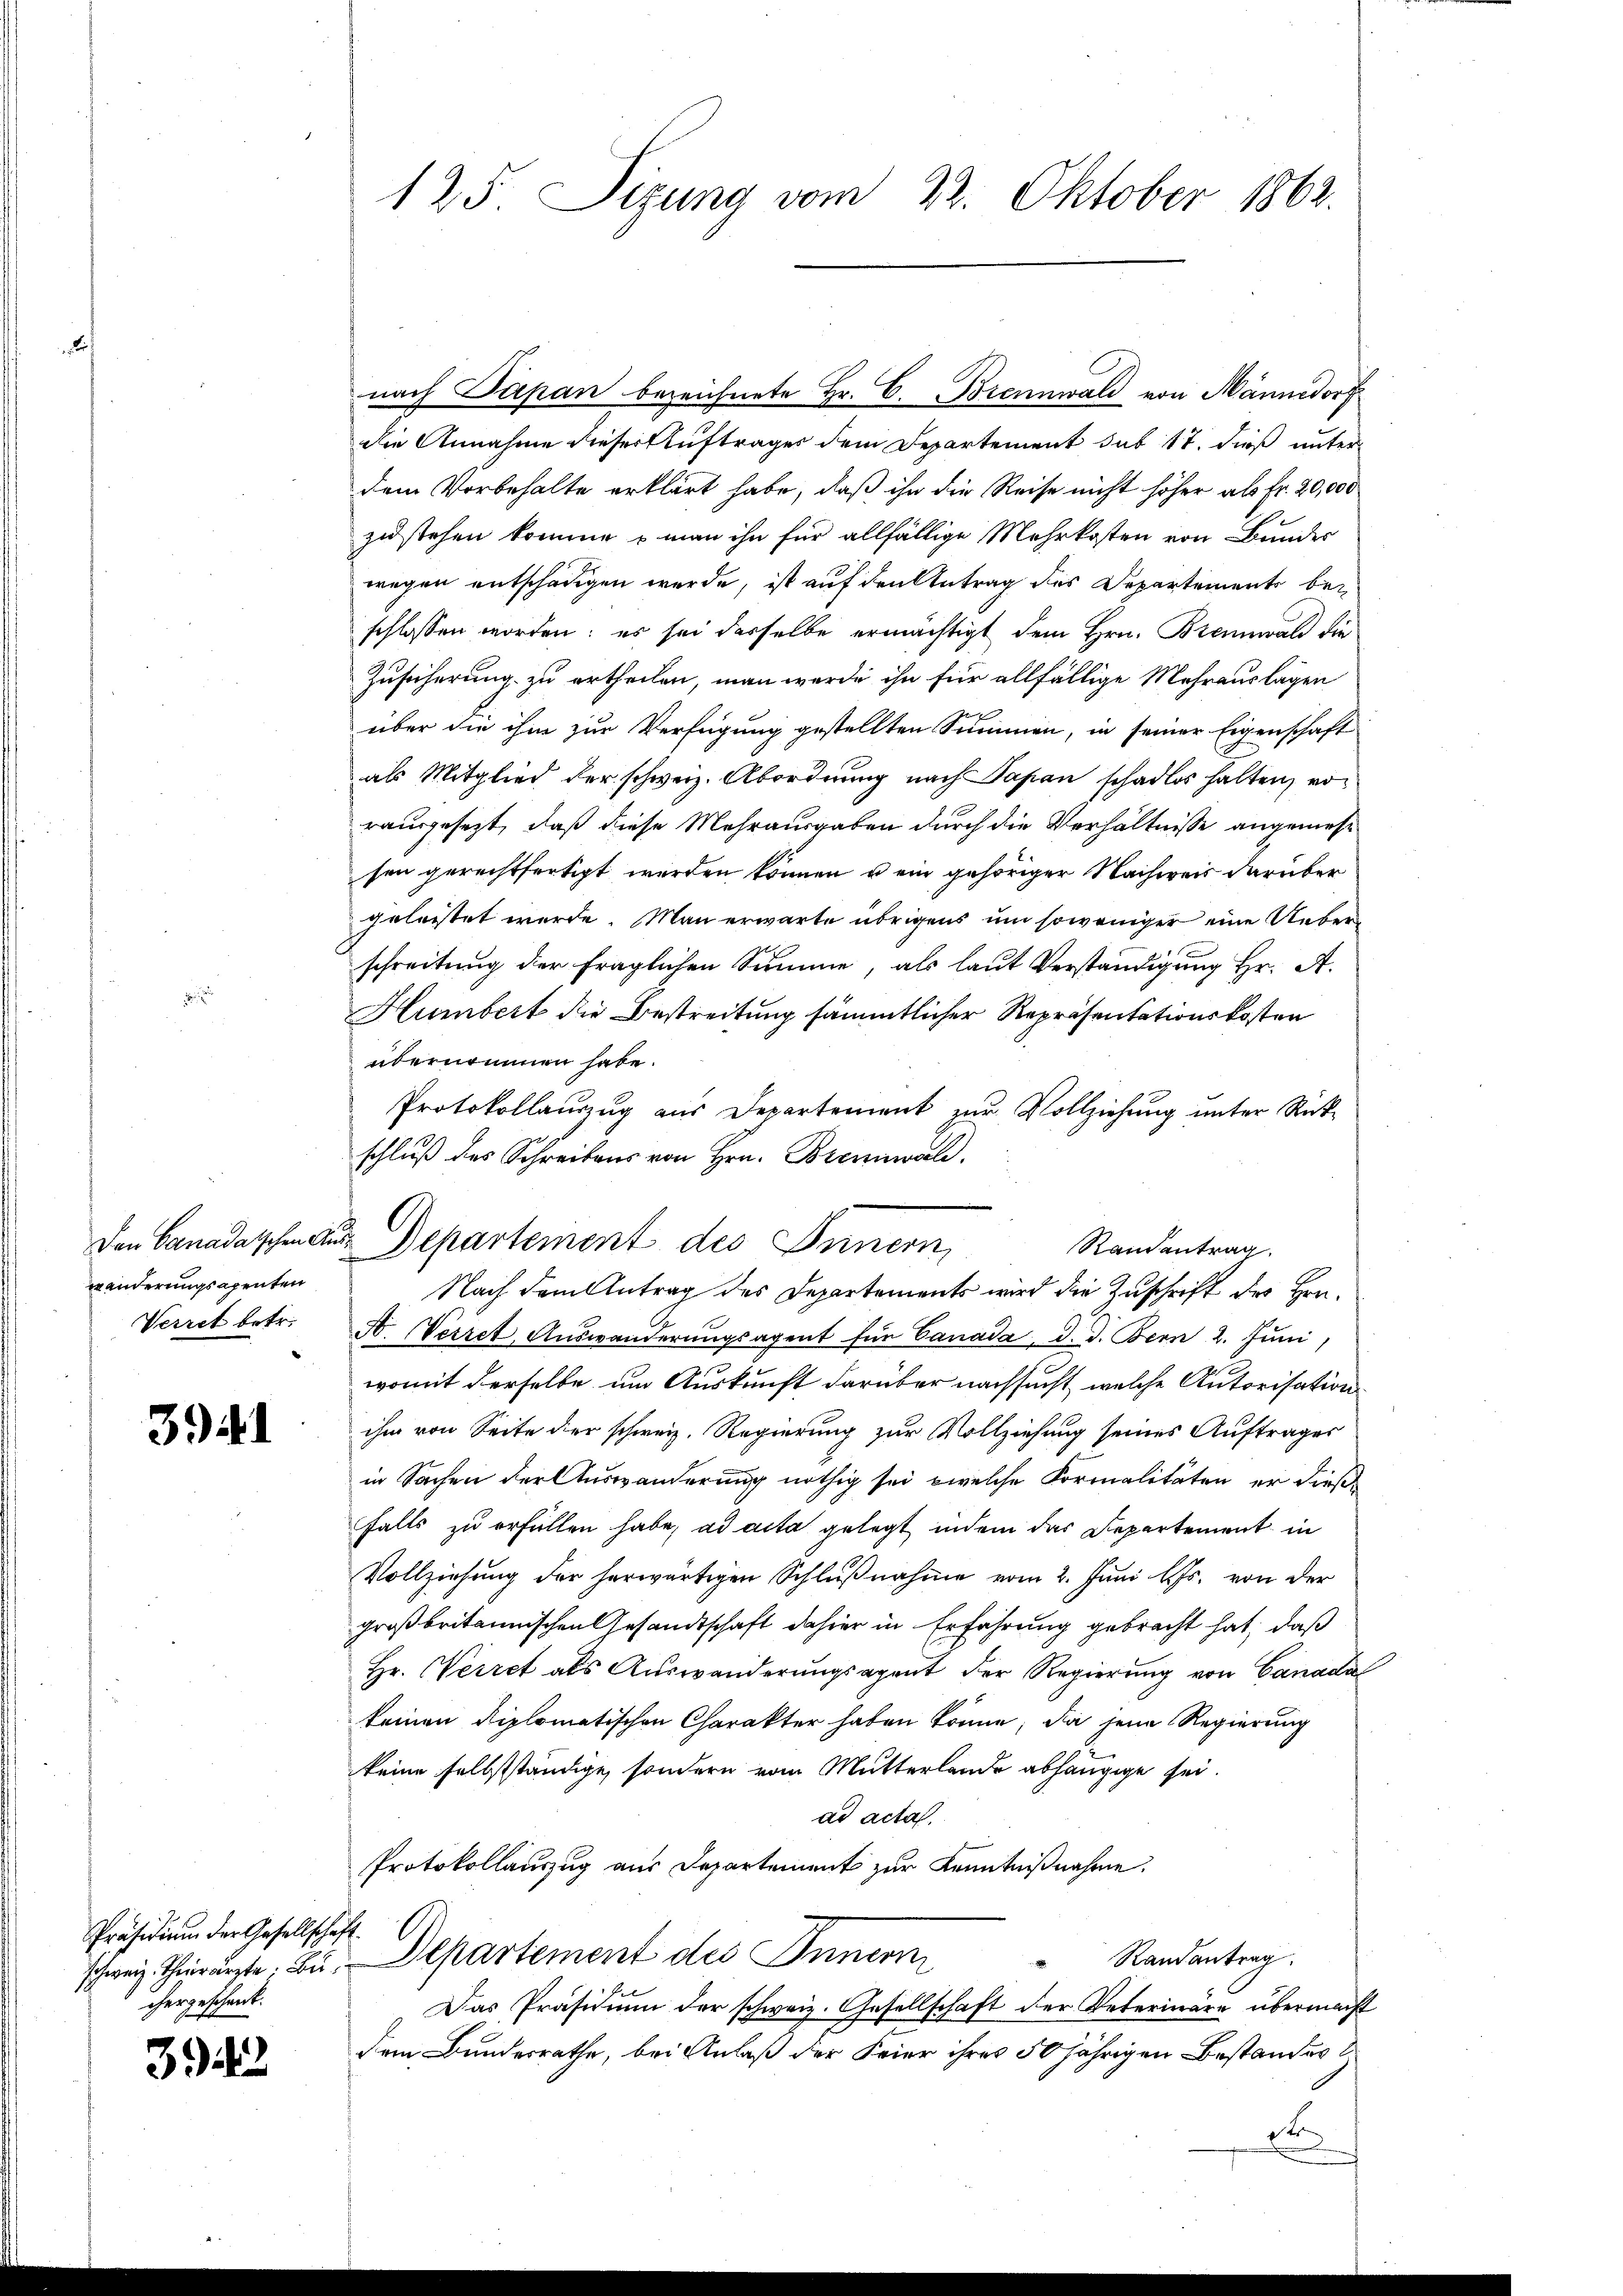
.

wänderungsapenten
Verret betr.

3941

Präsidium der Gesellschaft
chergeschenk.

3943

125 Sizung vom 22. Oktober 1862.

nach Papan bezeichnete Hr. C. Brennwald von Männedorf
die Annahme dieser Auftrages dem Departement sub 17. dieß unterdem Vorbehalte erklärt habe, daß ihn die Reise nicht höher als Fr. 20,000
zustehen komme – man ihn für allfällige Mehrkosten von Bundes
wegen entschädigen werde, ist auf den Antrag des Departemente bei
schlossen worden; es sei desselbe ermächtigt dem Hrn. Brennwald die
Zusicherung zu ertheilen, man werde ihn für allfällige Mehrauslagen
über die ihm zur Verfügung gestellten Summen, in seiner Eigenschaft
als Mitglied der schweiz. Abordnung nach Papan schadlos halten, von
rausgesezt, daß diese Mehrausgaben durch die Verhältnisse angemessen gerechtfertigt werden können u ein gehöriger Nachweis darüber
geleistet werde. Man erwarte übrigens um soweniger eine Ueberschreitung der fraglichen Summe, als laut Verständigung Hr. A.
Humbert die Bestreitung sämmtlicher Repräsentationskosten
übernommen habe.
Protokollauszug aus Departement zur Vollziehung unter Rückschluß des Schreibens von Hrn. Brennwal
Den Canadaschen aus Departement des Innern,
Randantrag.
Nach dem Antrag des Departements wird die Zuschrift des Hrn.
A. Verret, Auswanderŭngsagent für Canada, d. d. Bern 2. Juni,
womit derselbe um Auskunft darüber nachsucht, welche Autorisation
ihm von Seite der schweiz. Regierung zur Vollziehung seines Auftrages
in Sachen der Auswanderung nöthig sei, welche Formalitäten er dießfalls zu erfüllen habe, ad acta gelegt, indem das Departement in
Vollziehŭng der herwärtigen Schlŭβnahme vom 2. Juni l. Js. von der
großbritannischen Gesandtschaft dahier in Erfahrung gebracht hat, daß
Hr. Verret als Auswanderungsagent der Regierung von Canada
keinen Diplomatischen Charakter haben könne; da jene Regierung
keine selbstständige, sondern vom Mutterlande abhängige sei.
ad acta.
Protokollauszug aus Departement zur Kenntnißnahme.
Randantrag.
schweiz. Thierärzte. Be. Departement des Innern
Das Präsidium der schweiz. Gesellschaft der Veterinäre übermacht
dem Bundesrathe, bei Anlaß der Feier ihres 50jährigen Bestandes
t